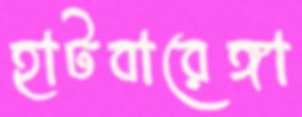
হাটবারেঙ্গা